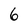
Character: 6